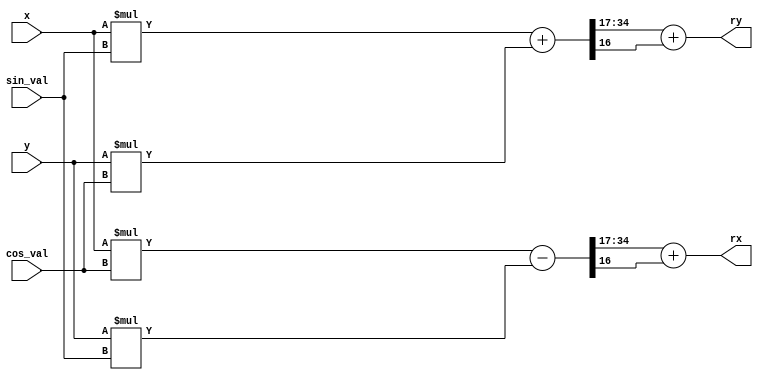
module rot_sin_cos #(
    parameter SINCOS_FRACTION=17,
    parameter DATA_W = 18
) (
    // input x,y
    input signed [DATA_W-1:0]x,
    input signed [DATA_W-1:0]y,
    // rotation angle, already encoded with sin/cos values
    input signed [17:0] sin_val,
    input signed [17:0] cos_val,
    // rotated X,Y
    //    return ((x*cos(theta)-y*sin(theta)), (x*sin(theta)+y*cos(theta)))
    output signed [DATA_W-1:0]rx,
    output signed [DATA_W-1:0]ry
);

wire signed [DATA_W+18-1:0] xsin_val = x * sin_val;
wire signed [DATA_W+18-1:0] xcos_val = x * cos_val;
wire signed [DATA_W+18-1:0] ysin_val = y * sin_val;
wire signed [DATA_W+18-1:0] ycos_val = y * cos_val;

wire signed [DATA_W+18-1:0] rx_t = xcos_val - ysin_val;
wire signed [DATA_W+18-1:0] ry_t = xsin_val + ycos_val;

// result is 18 bits, the question is what bits we take
// since output is rotated x,y we only need 10 bits
// we add the 9th bit to round to nearest int
assign rx = rx_t[SINCOS_FRACTION +: DATA_W] + {{(DATA_W-1){1'b0}}, rx_t[SINCOS_FRACTION-1]};
assign ry = ry_t[SINCOS_FRACTION +: DATA_W] + {{(DATA_W-1){1'b0}}, ry_t[SINCOS_FRACTION-1]};

endmodule